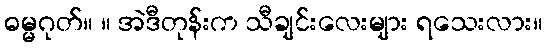
ဓမ္မဂုတ်။ ။ အဲဒီတုန်းက သီချင်းလေးများ ရသေးလား။